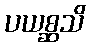
ပယစ္ဆသိ